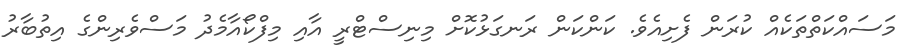
މަސައްކަތްތަކެއް ކުރަން ފެށިއެވެ. ކަންކަން ރަނގަޅުކޮށް މިނިސްޓްރީ އާއި މިފްކޯއާމެދު މަސްވެރިންގެ އިތުބާރު